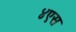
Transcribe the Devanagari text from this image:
४एस